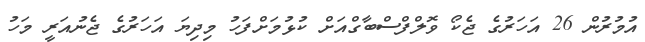
އުމުރުން 26 އަހަރުގެ ޖެކޯ ވޮލްފްސްބާގްއަށް ކުޅުމަށްފަހު މިދިޔަ އަހަރުގެ ޖެނުއަރީ މަހު